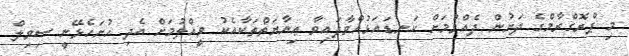
މި ޕްރޮގްރާމްގެ ދަށުން ދެއްވުމަށް ކަނޑައަޅުއްވާފައިވާ ޢިނާޔަތްތަކާއެކު ވީއްލުމަށް އެދި ހުށަހެޅޭނީ ސިވިލް